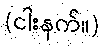
(ငါးနက်။)